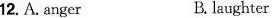
12.A.anger B. laughter